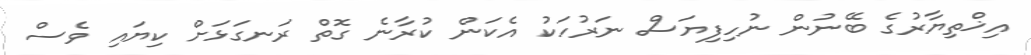
އިޚްތިޔާރުގެ ބޭނުން ނުހިފިޔަސް ނަރުހަކު އެކަން ކުރާނެ ގޮތް ރަނގަޅަށް ކިޔައި ވެސް